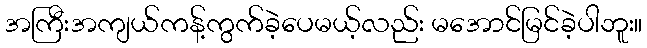
အကြီးအကျယ်ကန့်ကွက်ခဲ့ပေမယ့်လည်း မအောင်မြင်ခဲ့ပါဘူး။